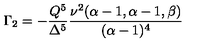
\Gamma _ { 2 } = - \frac { Q ^ { 5 } } { \Delta ^ { 5 } } \frac { \nu ^ { 2 } ( \alpha - 1 , \alpha - 1 , \beta ) } { ( \alpha - 1 ) ^ { 4 } }